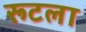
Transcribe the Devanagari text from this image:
रूटला